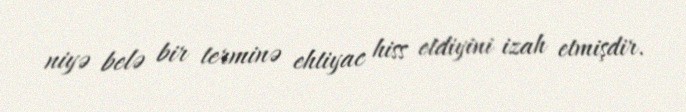
niyə belə bir terminə ehtiyac hiss etdiyini izah etmişdir.